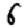
Digit: 6